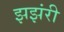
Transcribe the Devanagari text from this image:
झझंरी